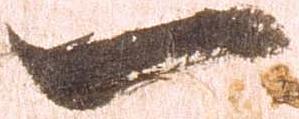
一